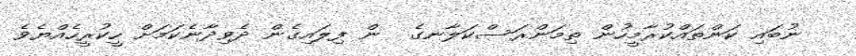
ނުބައި ކަންތައްކުރާމީހުން ތިމަންރަސްކަލާނގެ  ން ފިލައިގެން ދެވިދާނެކަމަށް ހީކުރީހެއްޔެވެ